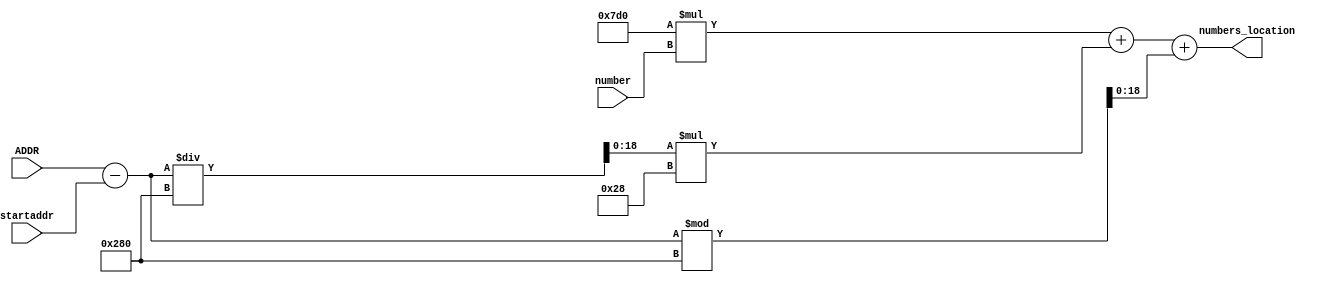
module convertNumbers(ADDR, startaddr, numbers_location, number);
	input[18:0] ADDR, startaddr;
	input [2:0] number;
	output[18:0] numbers_location;

	wire[18:0] subres, dividend, remainder;
	assign subres = ADDR - startaddr;
	assign dividend = subres/640;
	assign remainder = subres%640;
	assign numbers_location = 2000*number + dividend*40 + remainder;

endmodule